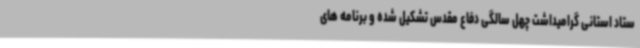
ستاد استانی گرامیداشت چهل سالگی دفاع مقدس تشکیل شده و برنامه های